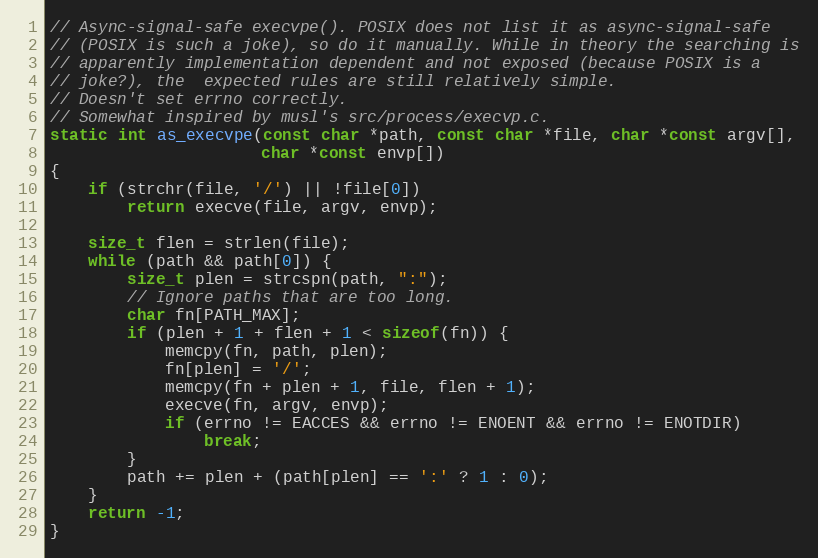
Language: C
// Async-signal-safe execvpe(). POSIX does not list it as async-signal-safe
// (POSIX is such a joke), so do it manually. While in theory the searching is
// apparently implementation dependent and not exposed (because POSIX is a
// joke?), the  expected rules are still relatively simple.
// Doesn't set errno correctly.
// Somewhat inspired by musl's src/process/execvp.c.
static int as_execvpe(const char *path, const char *file, char *const argv[],
                      char *const envp[])
{
    if (strchr(file, '/') || !file[0])
        return execve(file, argv, envp);

    size_t flen = strlen(file);
    while (path && path[0]) {
        size_t plen = strcspn(path, ":");
        // Ignore paths that are too long.
        char fn[PATH_MAX];
        if (plen + 1 + flen + 1 < sizeof(fn)) {
            memcpy(fn, path, plen);
            fn[plen] = '/';
            memcpy(fn + plen + 1, file, flen + 1);
            execve(fn, argv, envp);
            if (errno != EACCES && errno != ENOENT && errno != ENOTDIR)
                break;
        }
        path += plen + (path[plen] == ':' ? 1 : 0);
    }
    return -1;
}